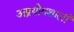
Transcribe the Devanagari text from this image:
अप्रयोगशाली